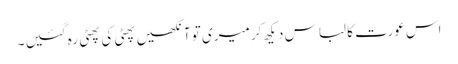
اس عورت کا لباس دیکھ کر میری تو آنکھیں پھٹی کی پھٹی رہ گئیں ۔